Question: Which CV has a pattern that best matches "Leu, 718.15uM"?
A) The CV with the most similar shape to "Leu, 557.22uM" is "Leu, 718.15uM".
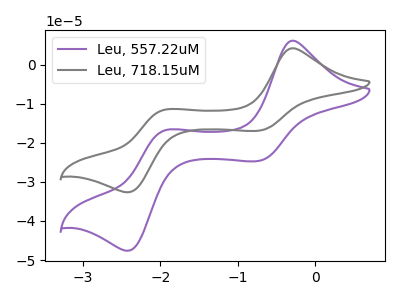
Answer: <think>The purple curve "Leu, 557.22uM" has anodic peaks at (-0.30V, 6.15uA) (-1.95V, -16.80uA) and cathodic peaks at (-0.75V, -24.65uA) (-2.40V, -47.60uA). The gray curve "Leu, 718.15uM" has anodic peaks at (-0.30V, 4.20uA) (-1.95V, -11.50uA) and cathodic peaks at (-0.75V, -16.90uA) (-2.40V, -32.65uA).
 All the peaks in "Leu, 557.22uM" have a peak in "Leu, 718.15uM" at the same potential.</think>
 <answer>A) The CV with the most similar shape to "Leu, 557.22uM" is "Leu, 718.15uM".</answer>
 <eval>A</eval>